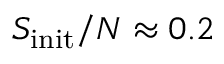
S _ { \mathrm { i n i t } } / N \approx 0 . 2